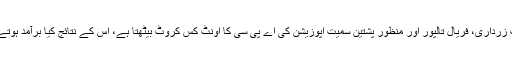
جسٹس قاضی فائز عیسیٰ، نواز شریف، آصف زرداری، فریال تالپور اور منظور پشتین سمیت اپوزیشن کی اے پی سی کا اونٹ کس کروٹ بیٹھتا ہے، اس کے نتائج کیا برآمد ہوتے ہیں، جون میں بہت کچھ واضح ہو جائے گا۔